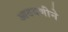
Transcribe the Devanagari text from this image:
आठवणीने